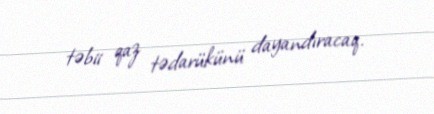
təbii qaz tədarükünü dayandıracaq.